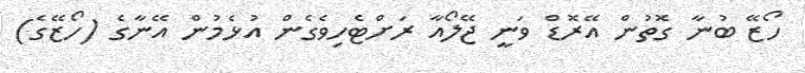
ހޯޒޭ ބުނާ ގޮތުން އޭރޮޑް ވަނީ ޖޭލޯއާ ރަށްޓެހިވެގެން އުޅެމުން އޭނާގެ (ހޯޒޭގެ)